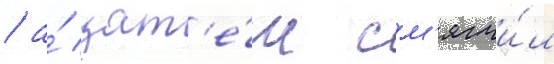
/ а́ зат'е́м см'ягчи́л